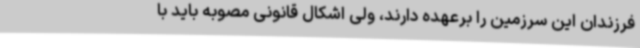
فرزندان این سرزمین را برعهده دارند، ولی اشکال قانونی مصوبه باید با